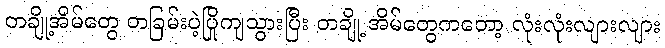
တချို့အိမ်တွေ တခြမ်းပဲ့ပြိုကျသွားပြီး တချို့ အိမ်တွေကတော့ လုံးလုံးလျားလျား